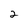
Character: 2